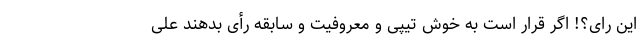
این رای؟!‌ اگر قرار است به خوش تیپی و معروفیت و سابقه رأی بدهند علی